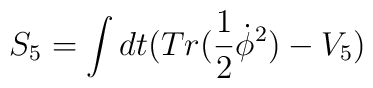
S_{5} = \int dt (Tr(\frac{1}{2} \dot{\phi}^{2}) - V_{5})